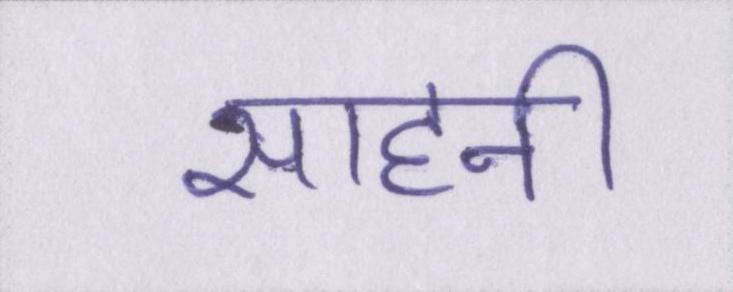
साहनी